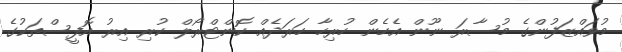
މުވައްޒަފުންގެ މުސާރަ ނޫން އެހެން ހުރިހާ ހަރަދެއް ކޮންޓްރޯލް ކުރި އިރު އޮފީސްތަކުގެ